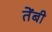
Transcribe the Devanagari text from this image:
तेंबी